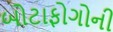
બોટાફોગોની